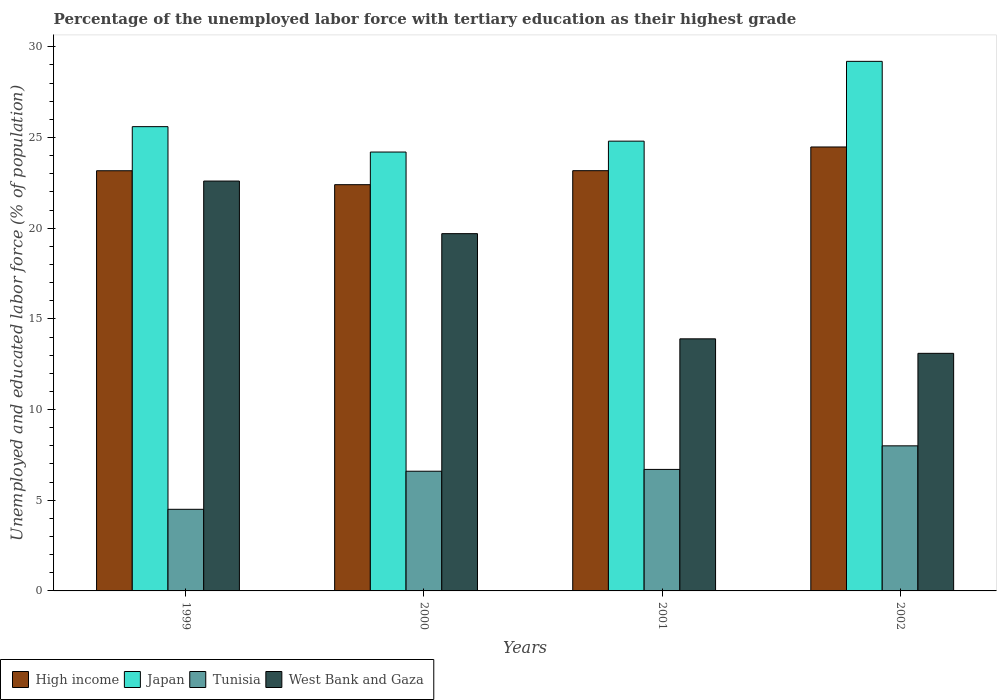
| Years | High income | Japan | Tunisia | West Bank and Gaza |
 | --- | --- | --- | --- | --- |
 | 1999 | 23.2 | 25.6 | 4.5 | 22.6 |
 | 2000 | 22.4 | 24.2 | 6.6 | 19.7 |
 | 2001 | 23.2 | 24.8 | 6.7 | 13.9 |
 | 2002 | 24.5 | 29.2 | 8 | 13.1 |